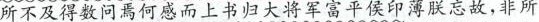
所不及得数问焉何感而上书归大将军富平候印薄朕忘故，非所